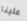
علينا